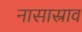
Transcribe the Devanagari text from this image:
नासास्राव